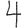
Digit: 4